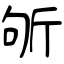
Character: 斪